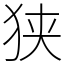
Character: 狭